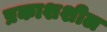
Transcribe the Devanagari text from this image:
प्रकाशशील